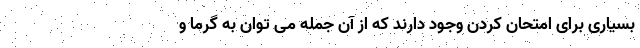
بسیاری برای امتحان کردن وجود دارند که از آن جمله می توان به گرما و